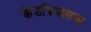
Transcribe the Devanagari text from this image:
कॅडफिससचा